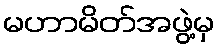
မဟာမိတ်အဖွဲ့မှ